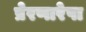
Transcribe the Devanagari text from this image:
प्रेरणारेषा